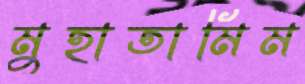
মুহাতামিম